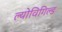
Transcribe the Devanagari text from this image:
ल्योविगिल्ड